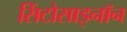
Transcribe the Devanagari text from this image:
सिंटोसाइनॉन